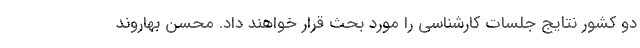
دو کشور نتایج جلسات کارشناسی را مورد بحث قرار خواهند داد. محسن بهاروند